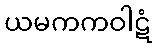
ယမကကဝါဋံ